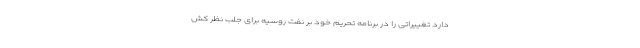
دارد تغییراتی را در برنامه تحریم خود بر نفت روسیه برای جلب نظر کش